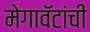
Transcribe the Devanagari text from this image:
मेगावॅटांची